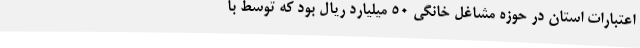
اعتبارات استان در حوزه مشاغل خانگی 50 میلیارد ریال بود که توسط با